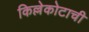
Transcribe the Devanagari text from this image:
किल्लेकोटाची